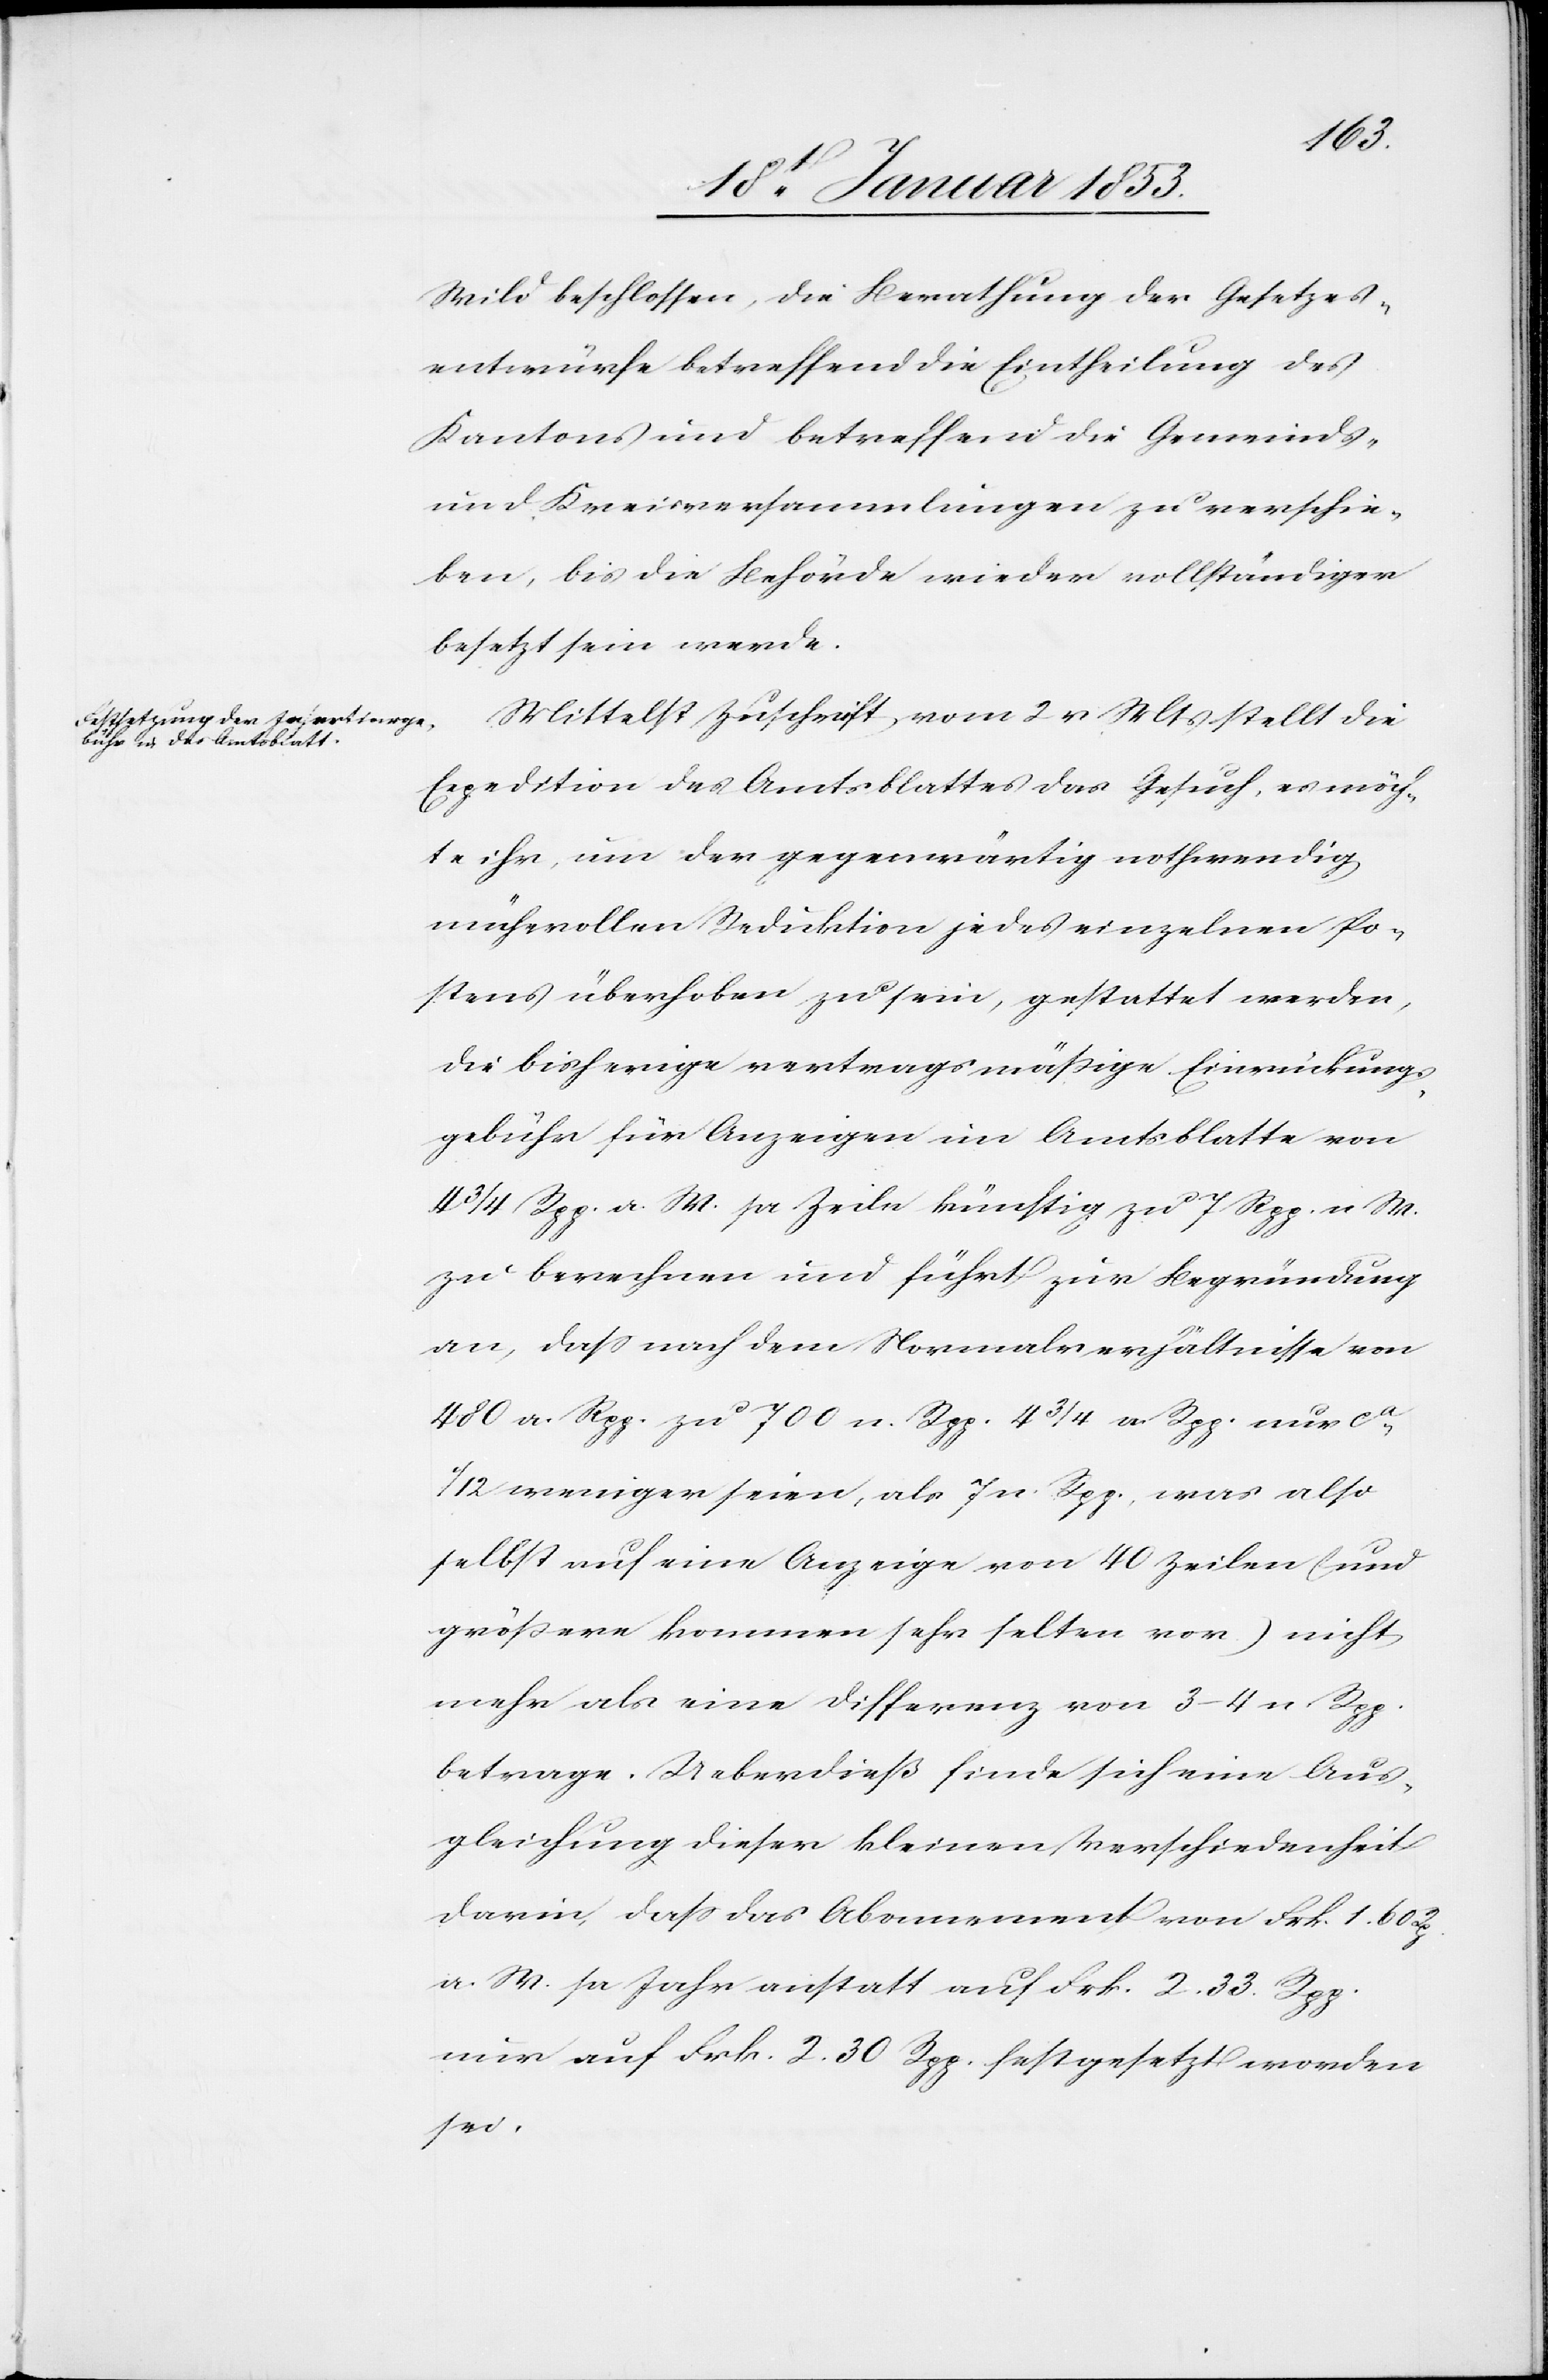
Wild beschlossen, die Berathung der Gesetzes¬
entwürfe betreffend die Eintheilung des
Kantons und betreffend die Gemeinds-
und Kreisversammlungen zu verschie¬
ben, bis die Behörde wieder vollständiger
besetzt sein werde.
Mittelst Zuschrift vom 2 v. Mts. stellt die
Expedition des Amtsblattes das Gesuch, es möch¬
te ihr, um der gegenwärtig nothwendig
mühevollen Reduktion jedes einzelnen Po¬
stens überhoben zu sein, gestattet werden,
die bisherige vertragsmäßige Einruckungs¬
gebühr für Anzeigen im Amtsblatte von
4 3/4. Rpp. a. W. pr. Zeile künftig zu 7 Rpp. a. W.
zu berechnen und führt zur Begründung
an, daß nach dem Normalverhältnisse von
480 a. Rpp. zu 700 n. Rpp. 4 3/4. a. Rpp. nur ca,
1/12 weniger seien, als 7. n. Rpp., was also
selbst auf eine Anzeige von 40 Zeilen (und
größere kommen sehr selten vor) nicht
mehr als eine Differenz von 3–4 n. Rpp.
betrage. Ueberdieß finde sich eine Aus¬
gleichung dieser kleinen Verschiedenheit
darin, daß das Abonnement von Frk. 1. 60.
a. W. pr. Jahr anstatt auf Frk. 2. 33. Rpp.
nur auf Frk. 2. 30. Rpp. festgesetzt worden
sei.